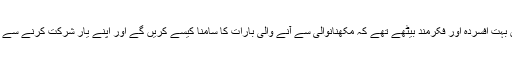
کرنل مراد باہر لان میں بہت افسردہ اور فکرمند بیٹھے تھے کہ مکھنانوالی سے آنے والی بارات کا سامنا کیسے کریں گے اور اپنے یار شرکت کرنے سے انکار کیسے کرینگے ۔